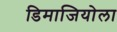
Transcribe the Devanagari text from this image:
डिमाजियोला